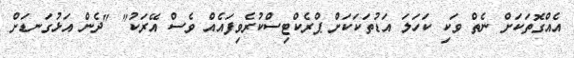
އެއްގޮތަކަށް ނެތް ވަކި ކަހަލަ އަޑުތަކަކަށް ޕްރެކްޓިސްކުރެވިފައެއް ވެސް އޭރަކު" "ދެން އަޅުގަނޑަށް